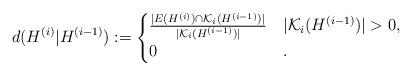
LaTeX: \begin{align*}d(H^{(i)}|H^{(i-1)}):= \begin{cases}\frac{|E(H^{(i)})\cap \mathcal{K}_i(H^{(i-1)})|}{|\mathcal{K}_i(H^{(i-1)})|} & |\mathcal{K}_i(H^{(i-1)})|>0,\\0&.\end{cases}\end{align*}